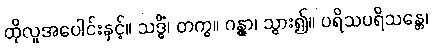
ထိုလူအပေါင်းနှင့်။ သဒ္ဓိံ၊ တကွ။ ဂန္တွာ၊ သွား၍။ ပရိသပရိသန္တေ၊